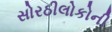
સોરઠીલોકોની